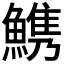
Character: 𩺫